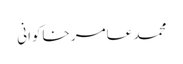
محمد عامر خاکوانی